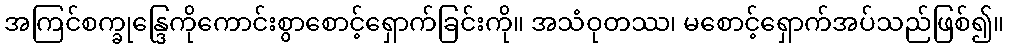
အကြင်စက္ခုန္ဒြေကိုကောင်းစွာစောင့်ရှောက်ခြင်းကို။ အသံဝုတဿ၊ မစောင့်ရှောက်အပ်သည်ဖြစ်၍။